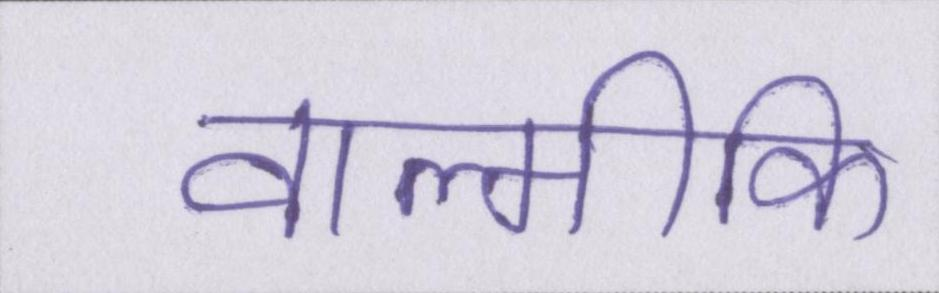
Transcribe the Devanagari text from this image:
वाल्मीकि